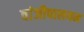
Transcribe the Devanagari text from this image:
वांजीपालयम